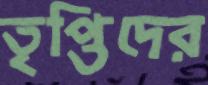
তৃপ্তিদের